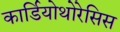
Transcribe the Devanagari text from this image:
कार्डियोथोरेसिस